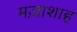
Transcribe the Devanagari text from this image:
मज़ाशाह